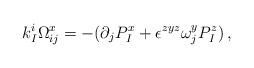
LaTeX: \begin{align*}k^i_I\Omega^x_{ij}=-(\partial_j P^x_I+\epsilon^{zyz}\omega^y_jP^z_I)\, ,\end{align*}